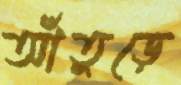
আঁতুড়ে